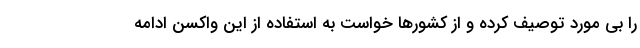
را بی مورد توصیف کرده و از کشورها خواست به استفاده از این واکسن ادامه